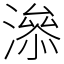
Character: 㵕